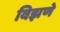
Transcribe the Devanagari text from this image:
विझणे